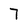
Character: 7